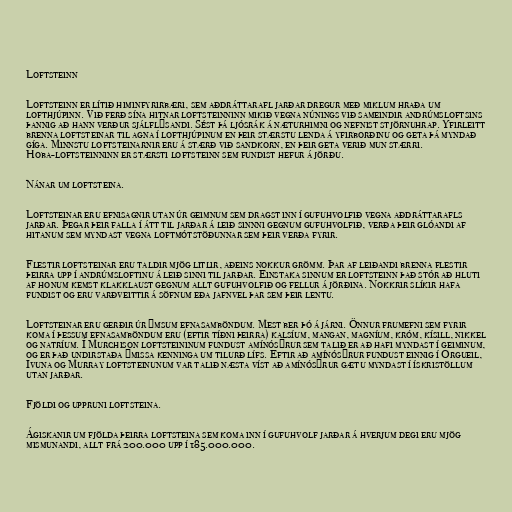
Loftsteinn

Loftsteinn er lítið himinfyrirbæri, sem aðdráttarafl jarðar dregur með miklum hraða um
lofthjúpinn. Við ferð sína hitnar loftsteinninn mikið vegna núnings við sameindir andrúmsloftsins
þannig að hann verður sjálflýsandi. Sést þá ljósrák á næturhimni og nefnist stjörnuhrap. Yfirleitt
brenna loftsteinar til agna í lofthjúpinum en þeir stærstu lenda á yfirborðinu og geta þá myndað
gíga. Minnstu loftsteinarnir eru á stærð við sandkorn, en þeir geta verið mun stærri.
Hoba-loftsteinninn er stærsti loftsteinn sem fundist hefur á jörðu.

Nánar um loftsteina.

Loftsteinar eru efnisagnir utan úr geimnum sem dragst inn í gufuhvolfið vegna aðdráttarafls
jarðar. Þegar þeir falla í átt til jarðar á leið sinnni gegnum gufuhvolfið, verða þeir glóandi af
hitanum sem myndast vegna loftmótstöðunnar sem þeir verða fyrir.

Flestir loftsteinar eru taldir mjög litlir, aðeins nokkur grömm. Þar af leiðandi brenna flestir
þeirra upp í andrúmsloftinu á leið sinni til jarðar. Einstaka sinnum er loftsteinn það stór að hluti
af honum kemst klakklaust gegnum allt gufuhvolfið og fellur á jörðina. Nokkrir slíkir hafa
fundist og eru varðveittir á söfnum eða jafnvel þar sem þeir lentu.

Loftsteinar eru gerðir úr ýmsum efnasamböndum. Mest ber þó á járni. Önnur frumefni sem fyrir
koma í þessum efnasamböndum eru (eftir tíðni þeirra) kalsíum, mangan, magníum, króm, kísill, nikkel
og natríum. Í Murchison loftsteininum fundust amínósýrur sem talið er að hafi myndast í geiminum,
og er það undirstaða ýmissa kenninga um tilurð lífs. Eftir að amínósýrur fundust einnig í Orgueil,
Ivuna og Murray loftsteinunum var talið næsta víst að amínósýrur gætu myndast í ískristöllum
utan jarðar.

Fjöldi og uppruni loftsteina.

Ágiskanir um fjölda þeirra loftsteina sem koma inn í gufuhvolf jarðar á hverjum degi eru mjög
mismunandi, allt frá 200.000 upp í 185.000.000.